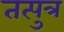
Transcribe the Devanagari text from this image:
तत्पुत्र